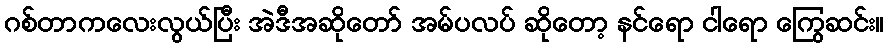
ဂစ်တာကလေးလွယ်ပြီး အဲဒီအဆိုတော် အမ်ပလပ် ဆိုတော့ နင်ရော ငါရော ကြွေဆင်း။